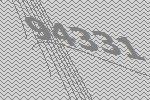
94331